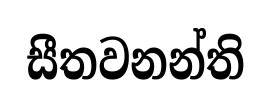
සීතවනන්ති